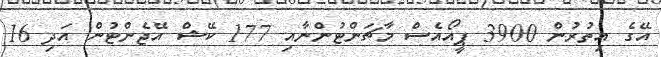
އޭގެ އިތުރުން 3900 ޕީއޯއެސް މާޗަންޓުންނާއި 177 ކޭޝް އޭޖެންޓުން އަދި 16